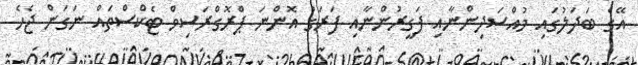
އޭގެ ބަދަލުގައި މުއްސަދިންނާއި ފަގީރުންނާއި ފަރަގު އޮންނަ ޕްރޮގްރަސިވް ޓެކްސްތައް ނަގަން ޖެހެ